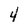
Character: 4